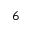
^ Ḋ 6 Ḍ